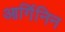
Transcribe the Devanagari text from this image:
आर्गिनिन